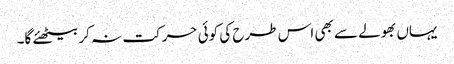
یہاں بھولے سے بھی اس طرح کی کوئی حرکت نہ کر بیٹھئے گا۔